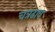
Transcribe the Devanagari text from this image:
चत्रढाव